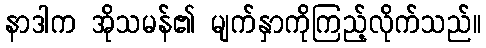
နာဒါက အိုသမန်၏ မျက်နှာကိုကြည့်လိုက်သည်။